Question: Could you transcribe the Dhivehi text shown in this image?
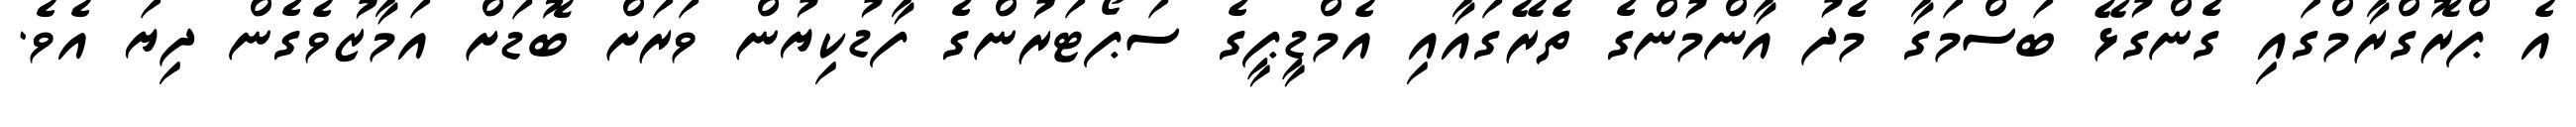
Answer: އެ ޕްރޮގްރާމްގައި ގެންގުޅޭ ބަސްމަގާ މެދު އާންމުންގެ ތެރޭގައާއި އެމްޑީޕީގެ ސަޕޯޓަރުންގެ ފާޑުކިޔުން ވަރަށް ބޮޑަށް އަމާޒުވެގެން ދިޔަ އެވެ.